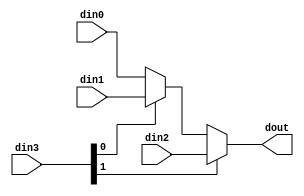
// ==============================================================
// File generated on Fri Apr 03 10:36:57 +0800 2020
// Vivado(TM) HLS - High-Level Synthesis from C, C++ and SystemC v2018.3 (64-bit)
// SW Build 2405991 on Thu Dec  6 23:38:27 MST 2018
// IP Build 2404404 on Fri Dec  7 01:43:56 MST 2018
// Copyright 1986-2018 Xilinx, Inc. All Rights Reserved.
// ==============================================================

`timescale 1ns/1ps

module Layer2_ReadBRAM_mbkb #(
parameter
    ID                = 0,
    NUM_STAGE         = 1,
    din0_WIDTH       = 32,
    din1_WIDTH       = 32,
    din2_WIDTH       = 32,
    din3_WIDTH         = 32,
    dout_WIDTH            = 32
)(
    input  [15 : 0]     din0,
    input  [15 : 0]     din1,
    input  [15 : 0]     din2,
    input  [1 : 0]    din3,
    output [15 : 0]   dout);

// puts internal signals
wire [1 : 0]     sel;
// level 1 signals
wire [15 : 0]         mux_1_0;
wire [15 : 0]         mux_1_1;
// level 2 signals
wire [15 : 0]         mux_2_0;

assign sel = din3;

// Generate level 1 logic
assign mux_1_0 = (sel[0] == 0)? din0 : din1;
assign mux_1_1 = din2;

// Generate level 2 logic
assign mux_2_0 = (sel[1] == 0)? mux_1_0 : mux_1_1;

// output logic
assign dout = mux_2_0;

endmodule